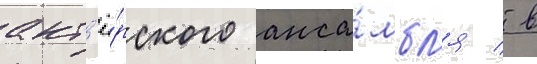
акт'ё́рского анса́мбл'я / в